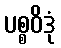
ပစ္စဝိဒုံ